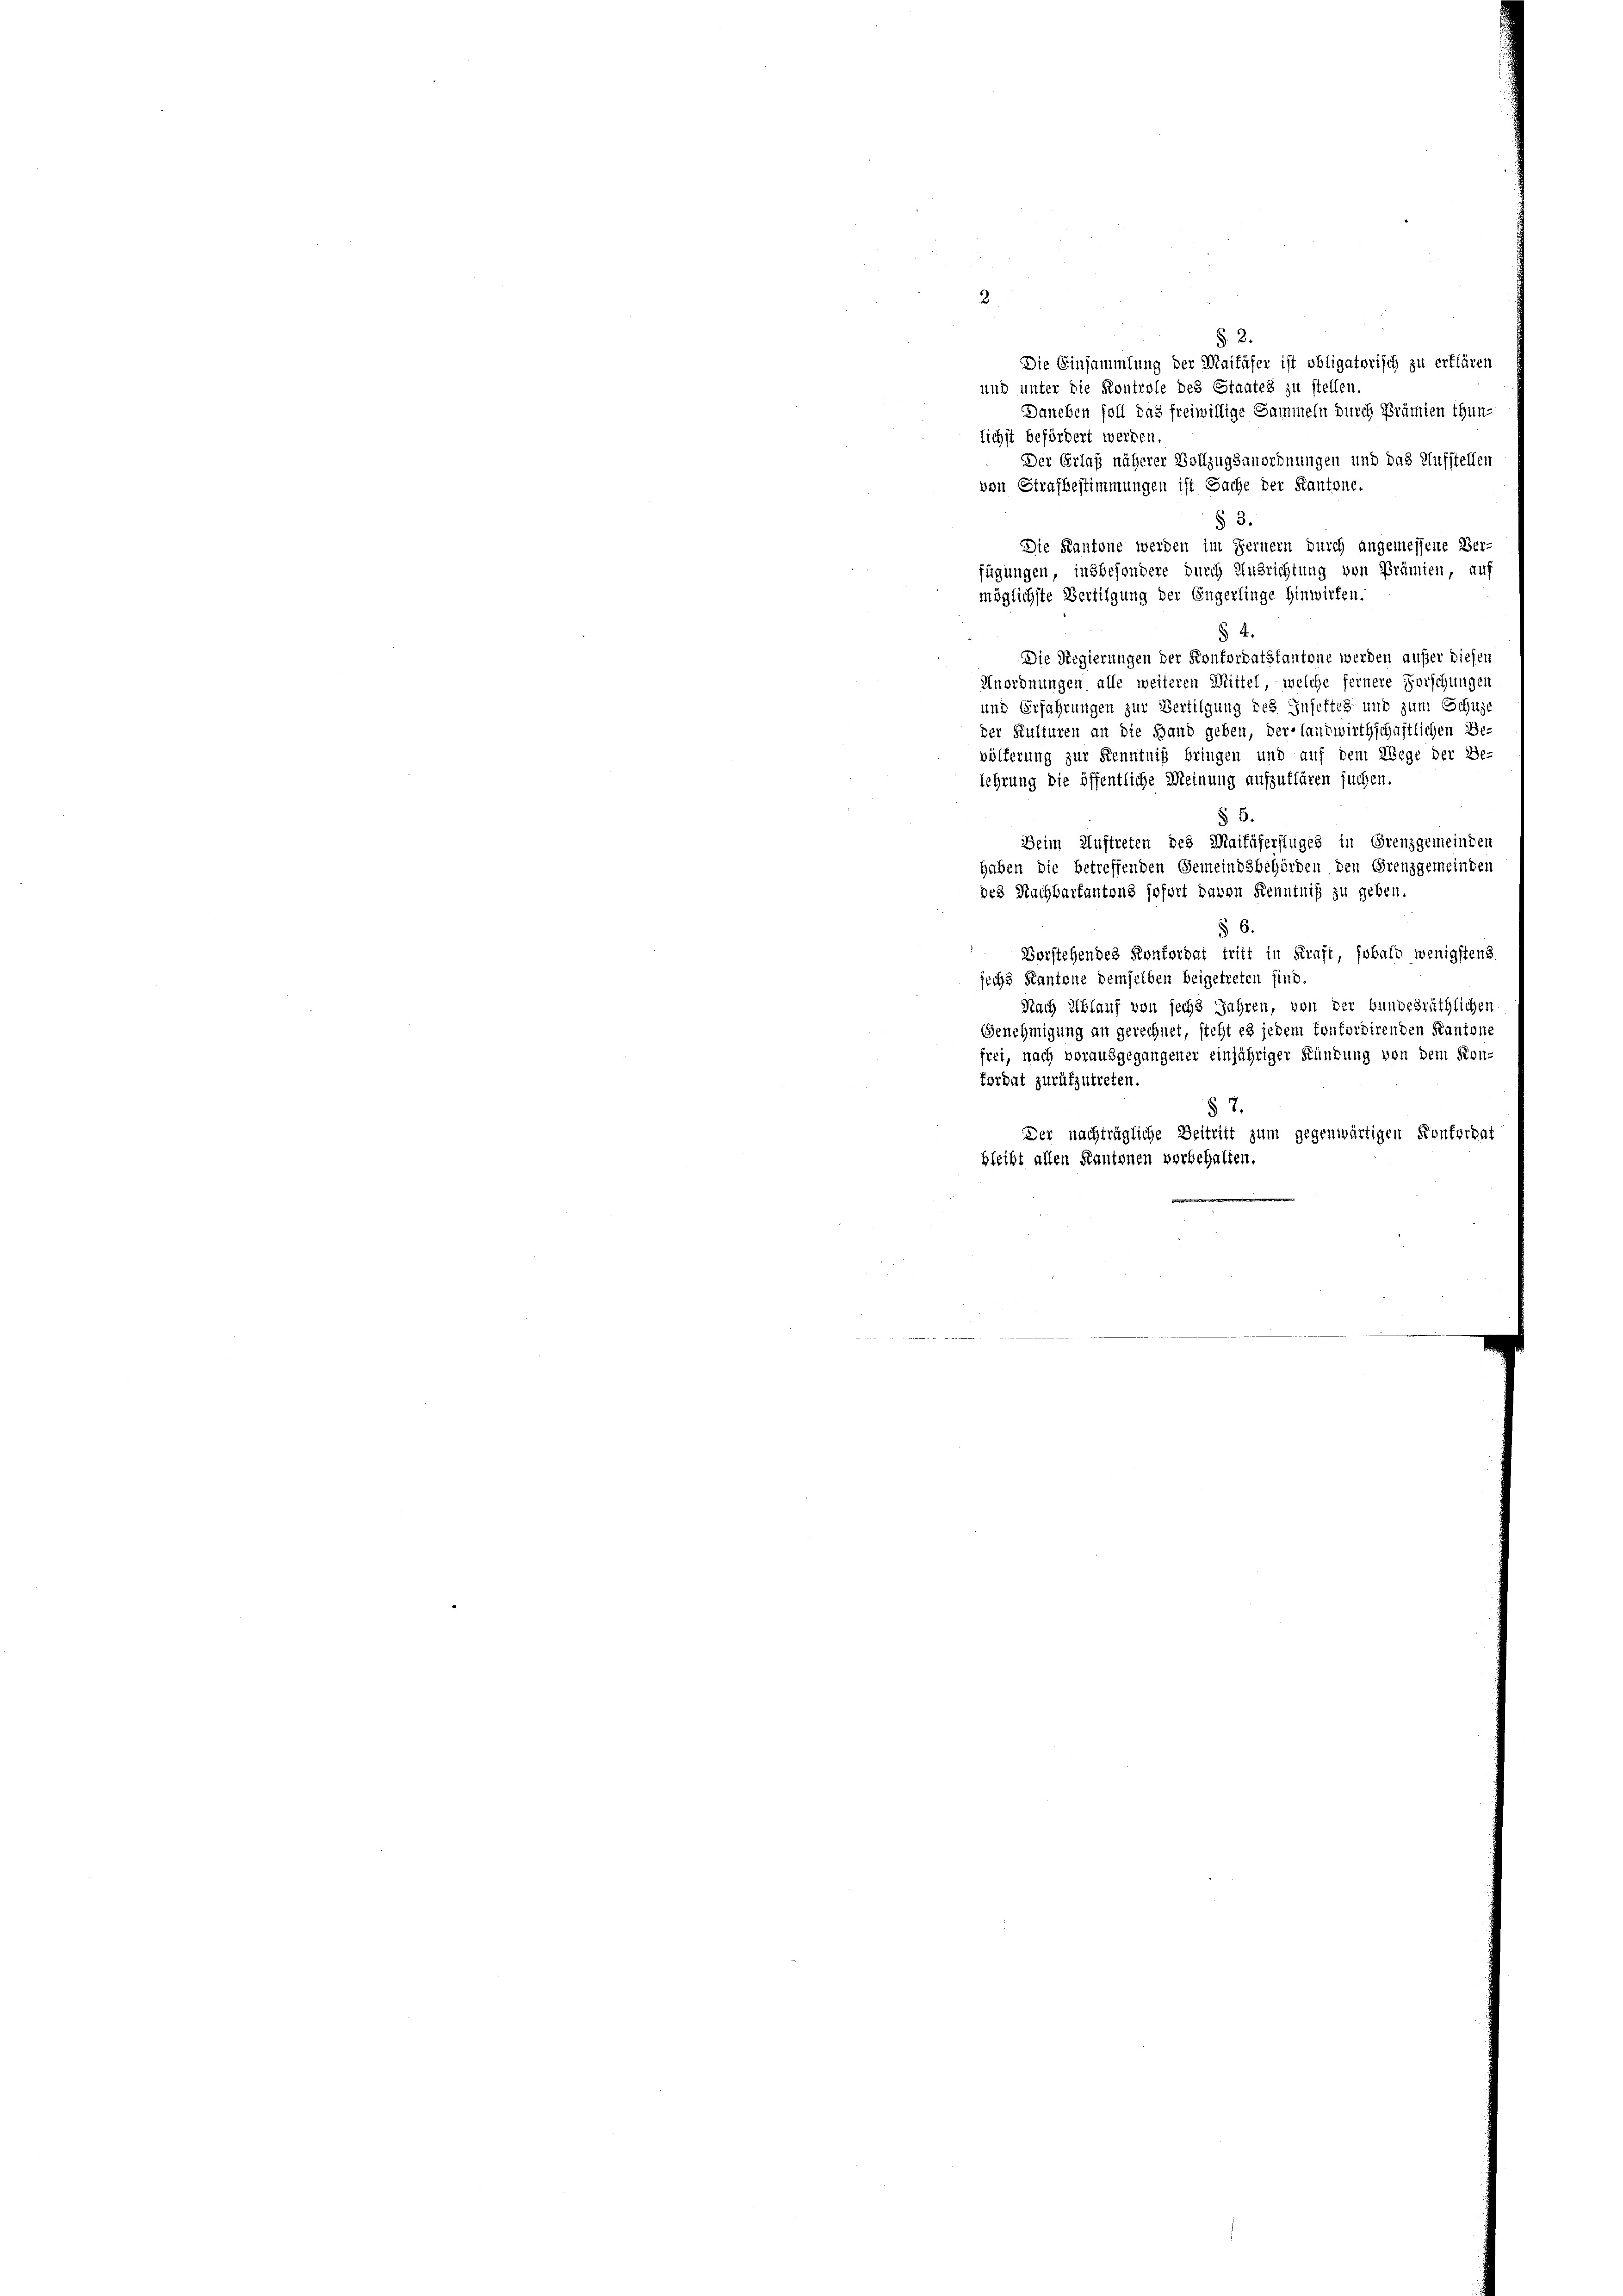
2

§. 2.
Die Einsammlung der Maikäfer ist obligatorisch zu erklären
und unter die Kontrole des Staates zu stellen
Daneben soll das freiwillige Sammeln durch Prämien thunlichst befördert werden.
Der Erlaß näherer Vollzugsanordnungen und das Aufstellen
von Strafbestimmungen ist Sache der Kantone.
§ 3.
Die Kantone werden im Fernern durch angemessene Ver-
fügungen, insbesondere durch Ausrichtung von Prämien, auf
möglichste Bertilgung der Engerlinge hinwirken.
§ 4.
¬
Die Regierungen der Konfordatstantone werden aufer diesen
Unordnungen alle weiteren Mittel, welche fernere Forschungen
und Erfahrungen zur Bertilgung des Inseftes und zum Schuze
der Kulturen an die Hand geben, der-landwirthschaftlichen Be-
völferung zur Kenntniß bringen und auf dem Wege der Be-
lehrung die öffentliche Meinung aufzutlären suchen.
§ 5.
Beim Auftreten des Maifäferflüges in Grenzgemeinden
haben die betreffenden Gemeindsbehörden den Grenzgemeinden
des Nachbarfantens sofort davon Kenntniß zu geben.
§ 6.
2
Vorstehendes Konkordat tritt in Kraft, sobald wenigstens
sechs Kantone demselben beigetreten sind.
Nach Ablauf von sechs Jahren, von der bundesräthlichen
Genehmigung an gerechnet, steht es jedem Confordirenden Kantone
frei, nach vorausgegangener einjähriger Kündung von dem Kon-
Fordat zurükzutreten.
§ 7.
Der nachträgliche Beitritt zum gegenwärtigen Konferhat
bleibt allen Kantonen vorbehalten.